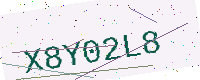
Text: X8Y02L8